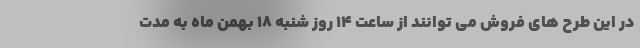
در این طرح های فروش می توانند از ساعت ۱۴ روز شنبه ۱۸ بهمن ماه به مدت